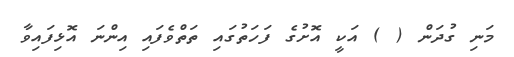
މަނި ގުދަން ( ) އަކީ އޮށުގެ ފަހަތުގައި ތަތްވެފައި އިންނަ އޮޅިފައިވާ